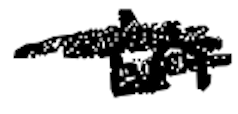
Text: in
Cross-out: scratch
Writing tool: digital_black